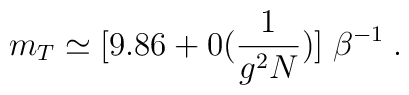
m_T \simeq [9.86 + 0( \frac{1}{g^2 N} )] \; \beta^{-1} \; .